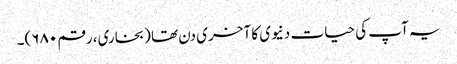
یہ آپ کی حیات دنیوی کا آخری دن تھا (بخاری، رقم ۶۸۰)۔